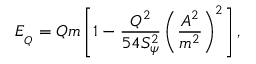
E _ { _ Q } = Q m \left[ 1 - \frac { Q ^ { 2 } } { 5 4 S _ { \psi } ^ { 2 } } \left( \frac { A ^ { 2 } } { m ^ { 2 } } \right) ^ { 2 } \right] ,